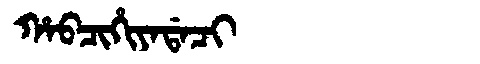
Manchu: ᡥᠠᠪᠴᡳᡥᡳᠶᠠᡩᠠᠴᡳ
Romanization: HABCIHIYADACI